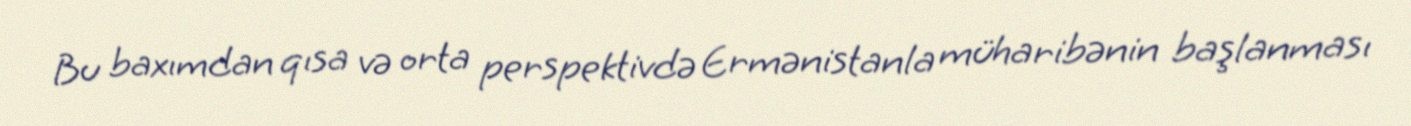
Bu baxımdan qısa və orta perspektivdə Ermənistanla müharibənin başlanması